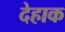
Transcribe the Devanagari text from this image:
देहाक